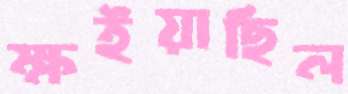
ক্ষইয়াছিল